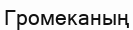
Громеканың